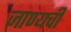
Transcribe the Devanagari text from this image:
जाण्यची